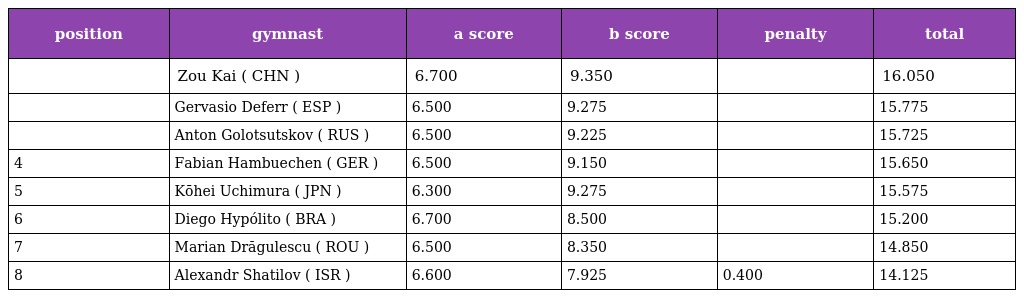
| position | gymnast | a score | b score | penalty | total |
 | --- | --- | --- | --- | --- | --- |
 |  | Zou Kai ( CHN ) | 6.700 | 9.350 |  | 16.050 |
 |  | Gervasio Deferr ( ESP ) | 6.500 | 9.275 |  | 15.775 |
 |  | Anton Golotsutskov ( RUS ) | 6.500 | 9.225 |  | 15.725 |
 | 4 | Fabian Hambuechen ( GER ) | 6.500 | 9.150 |  | 15.650 |
 | 5 | Kōhei Uchimura ( JPN ) | 6.300 | 9.275 |  | 15.575 |
 | 6 | Diego Hypólito ( BRA ) | 6.700 | 8.500 |  | 15.200 |
 | 7 | Marian Drăgulescu ( ROU ) | 6.500 | 8.350 |  | 14.850 |
 | 8 | Alexandr Shatilov ( ISR ) | 6.600 | 7.925 | 0.400 | 14.125 |